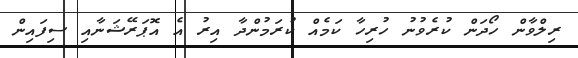
ރިލްވާން ހޯދަން ކުރެވުނު ހުރިހާ ކަމެއް ކުރަމުންދާ އިރު އެ އޮޕަރޭޝަނާއި ސިފައިން